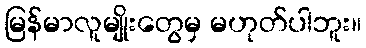
မြန်မာလူမျိုးတွေမှ မဟုတ်ပါဘူး။